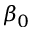
\beta _ { 0 }